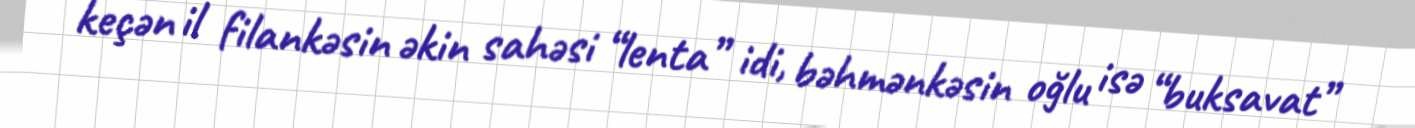
keçən il filankəsin əkin sahəsi “lenta” idi, bəhmənkəsin oğlu isə “buksavat”